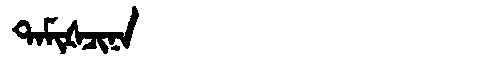
Manchu: ᡨᠠᠮᡳᡧᠴᡳᠨᠠ
Romanization: TAMIŠCINA